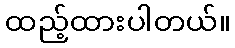
ထည့်ထားပါတယ်။